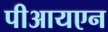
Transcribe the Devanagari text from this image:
पीआयएन